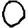
Digit: 0